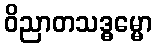
ဝိညာတသဒ္ဓမ္မော